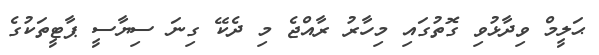
ޙަލީމް ވިދާޅުވި ގޮތުގައި މިހާރު ރާއްޖެ މި ދެކޭ ގިނަ ސިޔާސީ ޕާޓީތަކުގެ